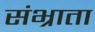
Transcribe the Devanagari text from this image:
संभ्राता